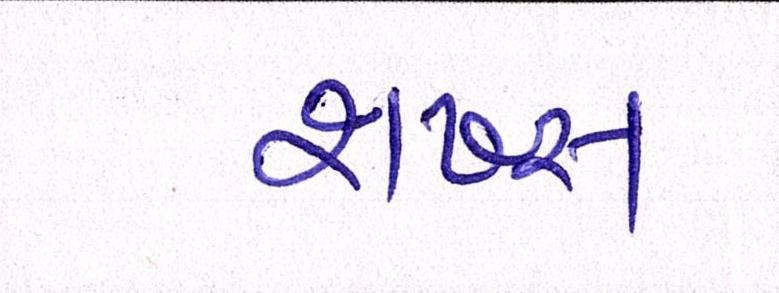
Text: શખ્સ